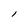
Character: l